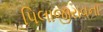
પિલાજીરાવના